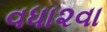
વધા૨વા